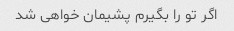
اگر تو را بگیرم پشیمان خواهی شد